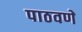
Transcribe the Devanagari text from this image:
पाठवणें